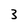
Character: 3